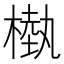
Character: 槸